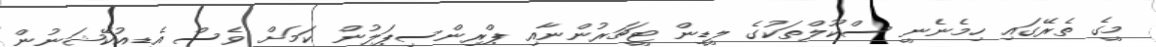
މީގެ ތެރޭގައި ހިމެނެނީ ސްކޫލްތަކުގެ ލީޑިން ޓީޗަރުންނާއި ޕްރިންސިޕަލުން ކަމަށް ވެސް އެޑިއުކޭޝަނުން